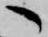
へ